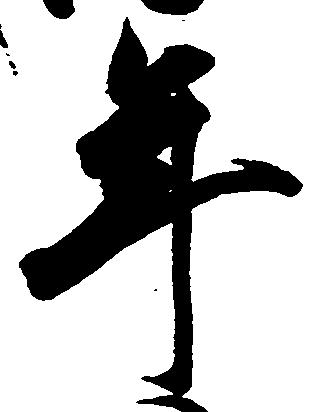
年